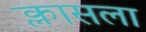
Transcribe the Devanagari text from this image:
क्लासला